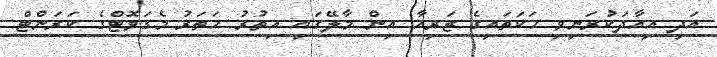
އަދި އިއާދަކުރަނިވި ހަކަތައިގެ ޒަރިއާ އިން މާލޭގައި އިތުރު ހަތަރު މެގަވޮޓްގެ ކަރަންޓް